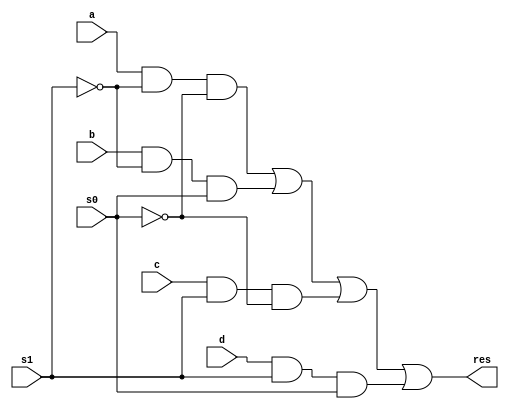
module mux4to1(
    output res,
    input a, b, c, d,
    input s0, s1
);
wire not_s0, not_s1;
wire and0, and1, and2, and3;

not(not_s0, s0);
not(not_s1, s1);

and(and0, a, not_s1, not_s0);
and(and1, b, not_s1, s0);
and(and2, c, s1, not_s0);
and(and3, d, s1, s0);

or(res, and0, and1, and2, and3);
endmodule